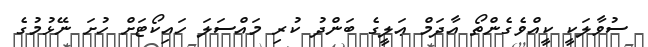
ސުވާލަކީ ކީއްވެގެންތޯ އާދަމް ޢަލީގެ ބަންދު ކުރި މައްސަލަ ހައިކޯޓަށް ހުށަ ނޭޅުމުގެ